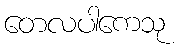
တေလပါကေသု